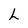
Character: L